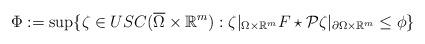
LaTeX: \begin{align*}\Phi:= \sup \{ \zeta \in USC(\overline{\Omega} \times \mathbb R^m): \zeta|_{\Omega\times \mathbb R^m} F\star\mathcal P\zeta|_{\partial \Omega\times \mathbb R^m} \le \phi \}\end{align*}